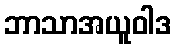
ဘာသာအယူဝါဒ